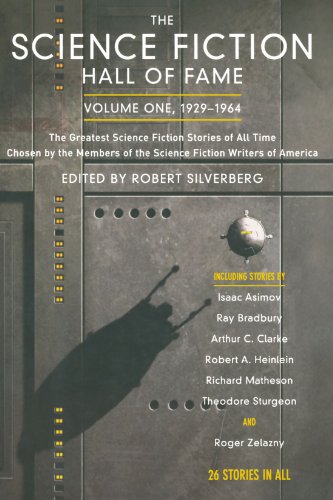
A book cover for The Science Fiction Hall of Fame, Vol. 1: 1929-1964; Science Fiction & Fantasy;